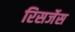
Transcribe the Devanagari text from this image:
रिसर्जेस